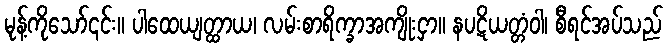
မုန့်ကိုသော်၎င်း။ ပါထေယျတ္ထာယ၊ လမ်းစာရိက္ခာအကျိုးငှာ။ နပဋိယတ္တံဝါ၊ စီရင်အပ်သည်